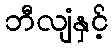
ဘီလျံနှင့်